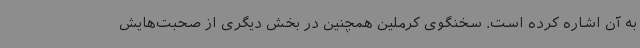
به آن اشاره کرده است. سخنگوی کرملین همچنین در بخش دیگری از صحبت‌هایش